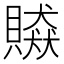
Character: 贆